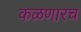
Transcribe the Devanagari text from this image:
कळणारच